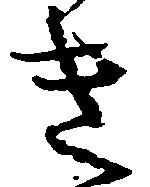
き